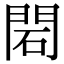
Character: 䦒